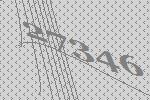
27346